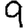
Digit: 9